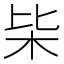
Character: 枈